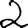
Digit: 2